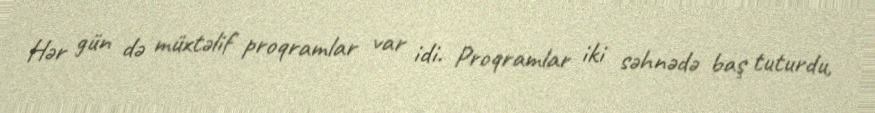
Hər gün də müxtəlif proqramlar var idi. Proqramlar iki səhnədə baş tuturdu,